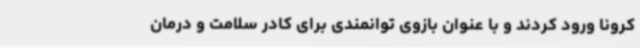
کرونا ورود کردند و با عنوان بازوی توانمندی برای کادر سلامت و درمان